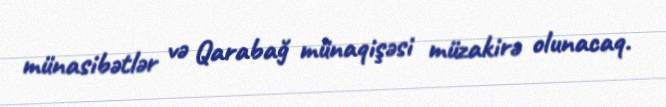
münasibətlər və Qarabağ münaqişəsi müzakirə olunacaq.